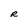
Character: R